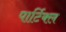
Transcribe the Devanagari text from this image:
पार्टिक्ल